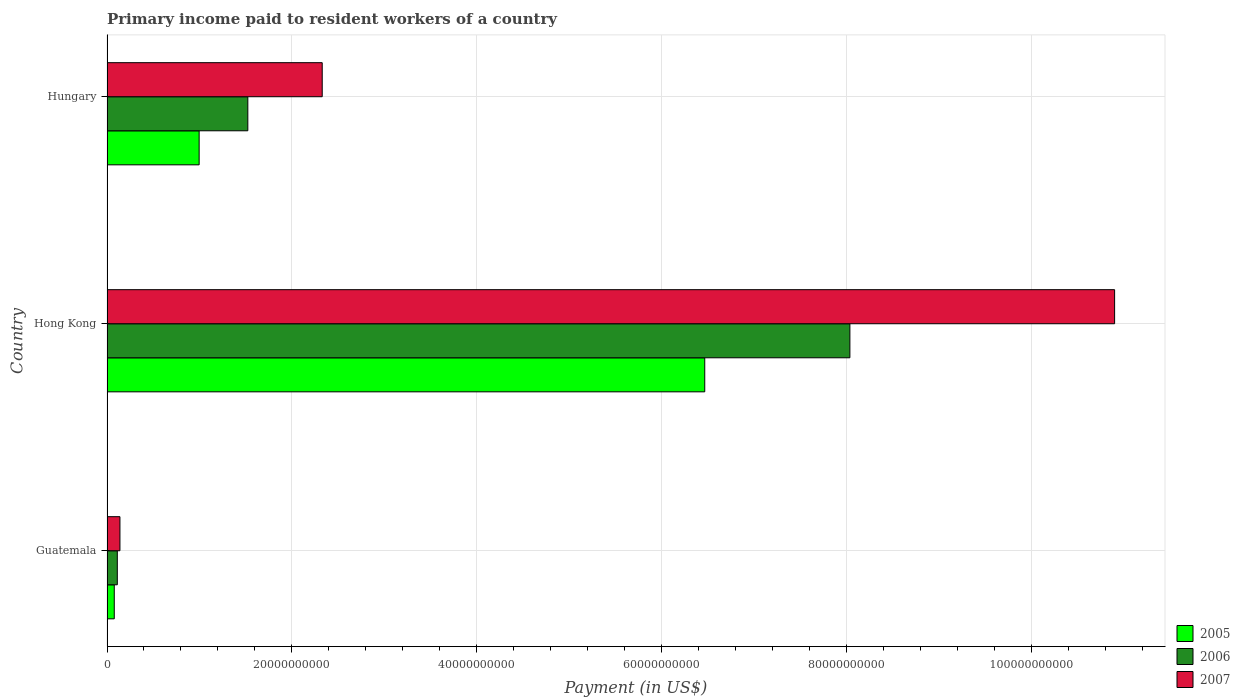
| Country | 2005 | 2006 | 2007 |
 | --- | --- | --- | --- |
 | Guatemala | 7.86e+08 | 1.12e+09 | 1.4e+09 |
 | Hong Kong | 6.47e+10 | 8.04e+10 | 1.09e+11 |
 | Hungary | 9.97e+09 | 1.52e+10 | 2.33e+10 |